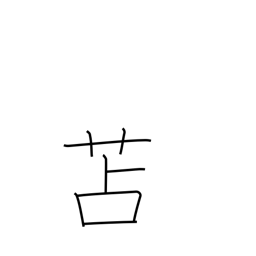
Meaning: rush matting